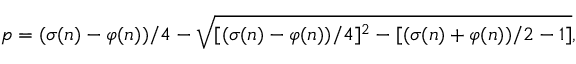
p = ( \sigma ( n ) - \varphi ( n ) ) / 4 - { \sqrt { [ ( \sigma ( n ) - \varphi ( n ) ) / 4 ] ^ { 2 } - [ ( \sigma ( n ) + \varphi ( n ) ) / 2 - 1 ] } } ,